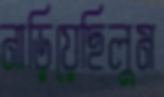
নাড়িয়েছিলুম